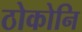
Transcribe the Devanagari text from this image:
ठोकोनि